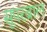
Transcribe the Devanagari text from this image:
सूपरब्राल